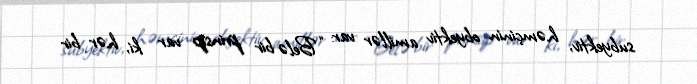
subyektiv, həmçinin obyektiv amillər var: “Belə bir prinsip var ki, hər bir